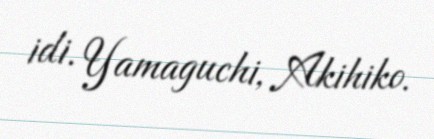
idi. Yamaguchi, Akihiko.